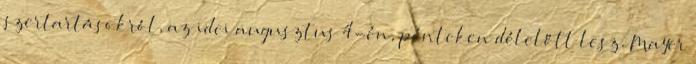
szertartásokról, az idei augusztus 4-én, pénteken délelőtt lesz. Mayer